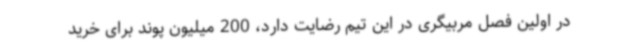
در اولین فصل مربیگری در این تیم رضایت دارد، 200 میلیون پوند برای خرید